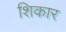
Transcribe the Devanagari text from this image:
शिकार